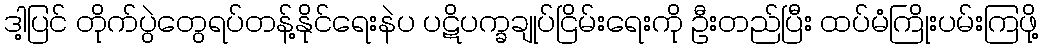
ဒါ့ပြင် တိုက်ပွဲတွေရပ်တန့်နိုင်ရေးနဲပ ပဋိပက္ခချုပ်ငြိမ်းရေးကို ဦးတည်ပြီး ထပ်မံကြိုးပမ်းကြဖို့